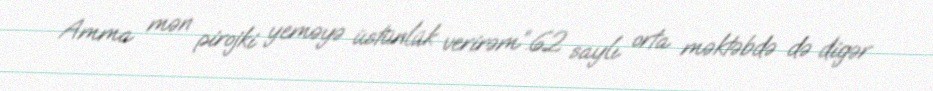
Amma mən pirojki yeməyə üstünlük verirəm”.62 saylı orta məktəbdə də digər